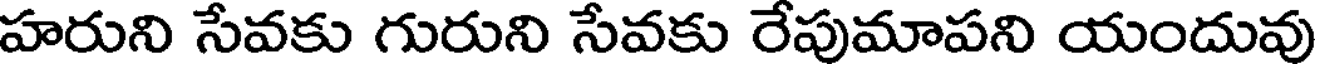
హరుని సేవకు గురుని సేవకు రేపుమాపని యందువు